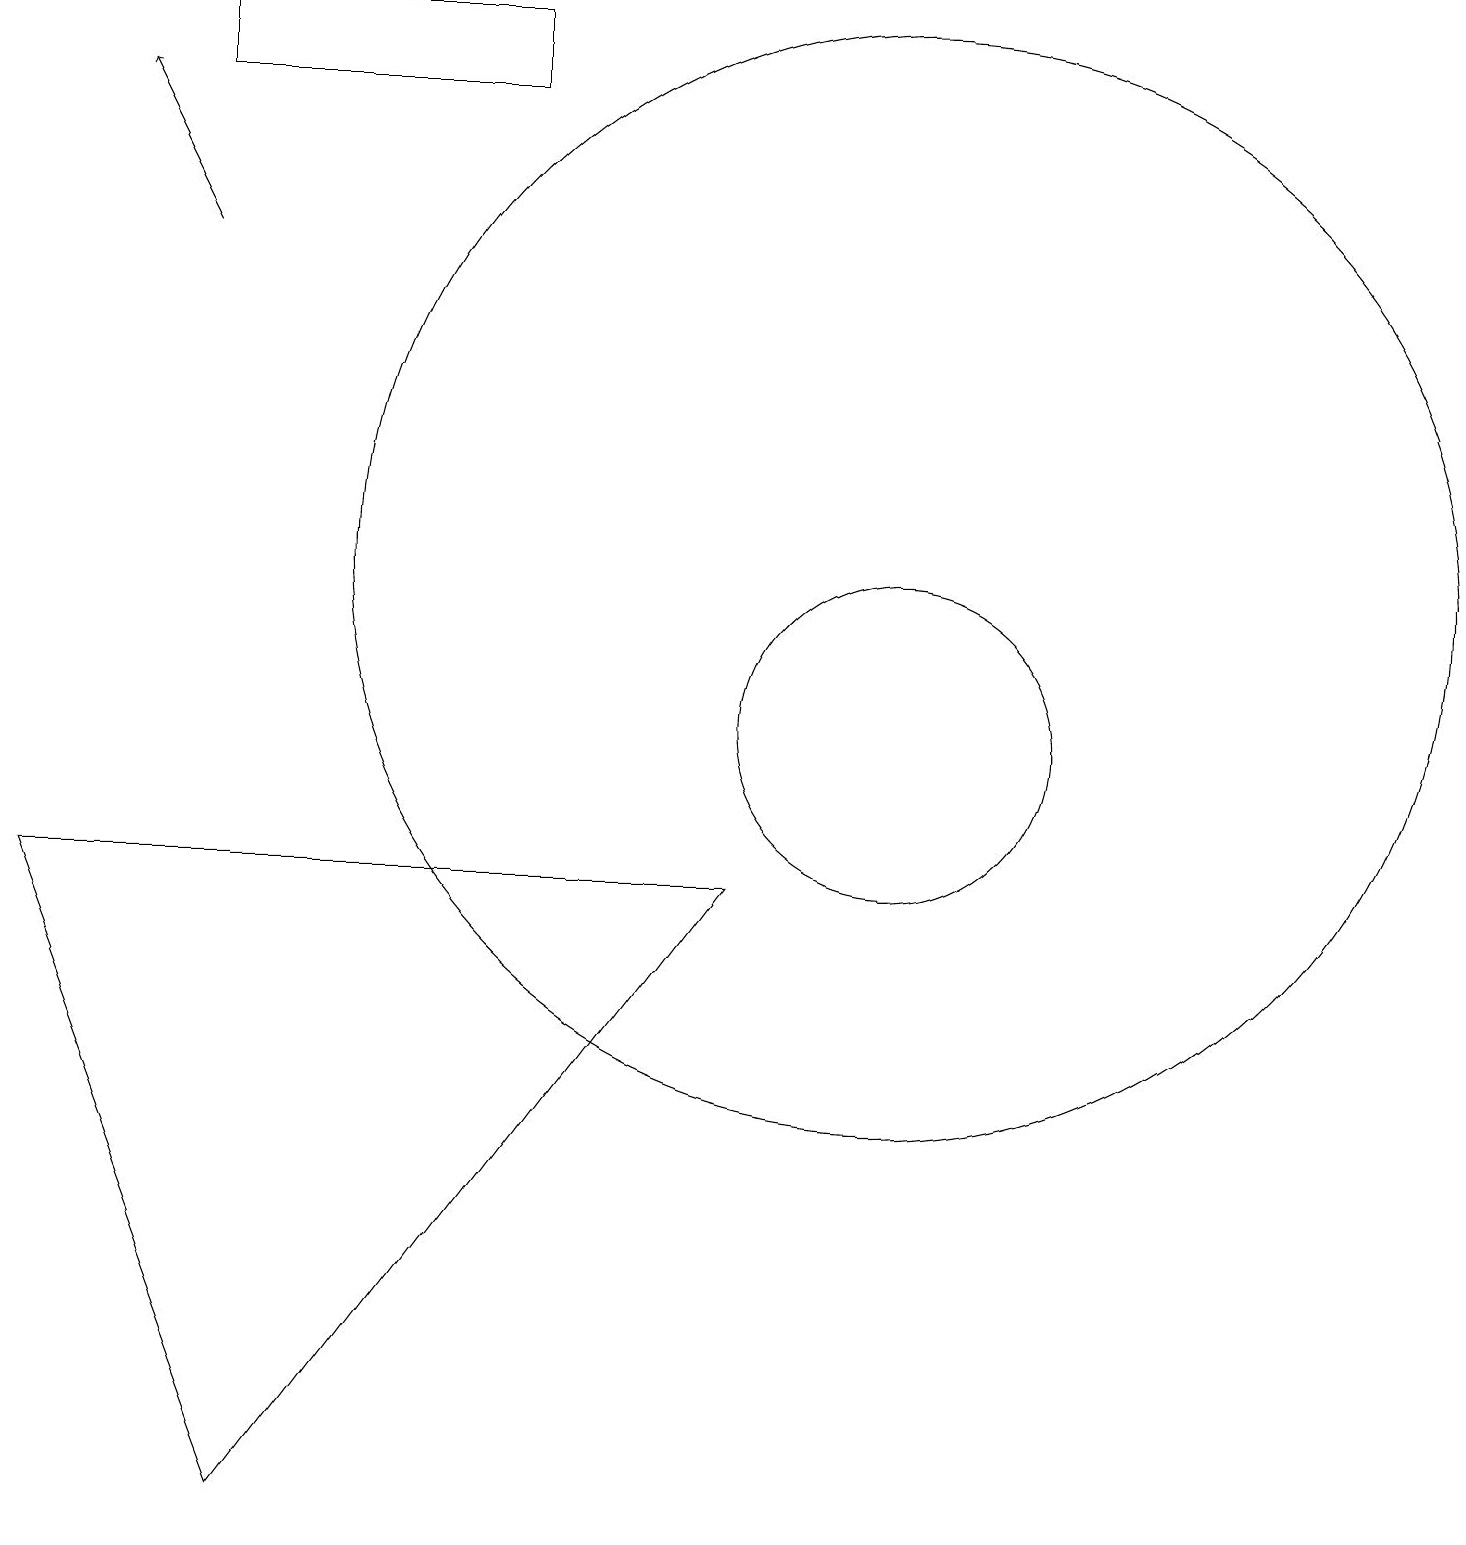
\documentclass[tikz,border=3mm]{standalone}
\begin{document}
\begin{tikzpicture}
\draw (0,8) -- (3,0) -- (9,8) -- cycle;
\draw (11,10) circle (2);
\draw (11,12) circle (7);
\draw[->] (2,16) -- (1,18);
\draw (6,18) rectangle (2,19);
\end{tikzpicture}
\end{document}